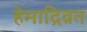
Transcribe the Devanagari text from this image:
हेमाद्रिव्रत